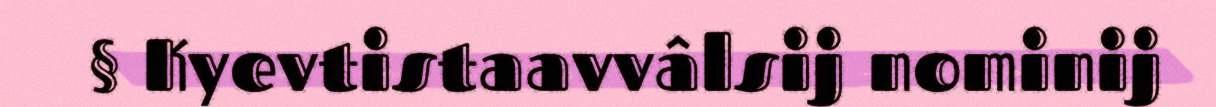
§ Kyevtistaavvâlsij nominij